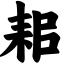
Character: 耜